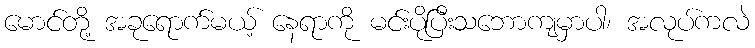
မောင်တို့ အခုရောက်မယ့် နေရာကို မင်းပိုပြီးသဘောကျမှာပါ၊ အလုပ်ကလဲ